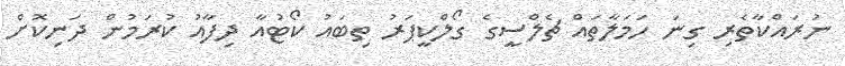
ނުރައްކާތެރި ގިނަ ހަމަލާތައް ޗެލްސީގެ ގޯލްކީޕަރު ތިބައު ކޯޓުއާ ދިފާއު ކުރަމުން ދަނިކޮށް